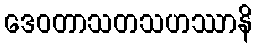
ဒေဝတာသတသဟဿာနိ